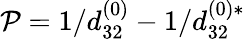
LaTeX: \mathcal{P}={1}/{d_{32}^{(0)}}-{1}/{d_{32}^{(0)\ast}}